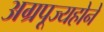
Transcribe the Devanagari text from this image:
अग्रपूज्यहोने